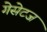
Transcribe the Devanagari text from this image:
गेसेटज